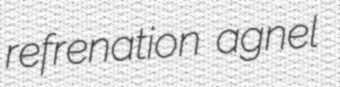
refrenation agnel